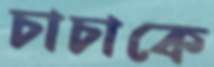
চাচাকে